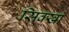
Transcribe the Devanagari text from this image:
सिक्खां